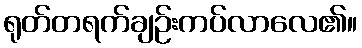
ရုတ်တရက်ချဉ်းကပ်လာလေ၏။